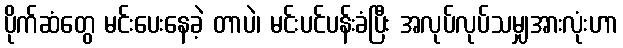
ပိုက်ဆံတွေ မင်းပေးနေခဲ့ တာပဲ၊ မင်းပင်ပန်းခံပြီး အလုပ်လုပ်သမျှအားလုံးဟာ